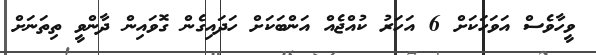
ވީހާވެސް އަވަހަކަށް 6 އަހަރު ކުއްޖެއް އަންބަކަށް ހަދައިގެން ގޮވައިން ދާންވީ ތިތަނަށް